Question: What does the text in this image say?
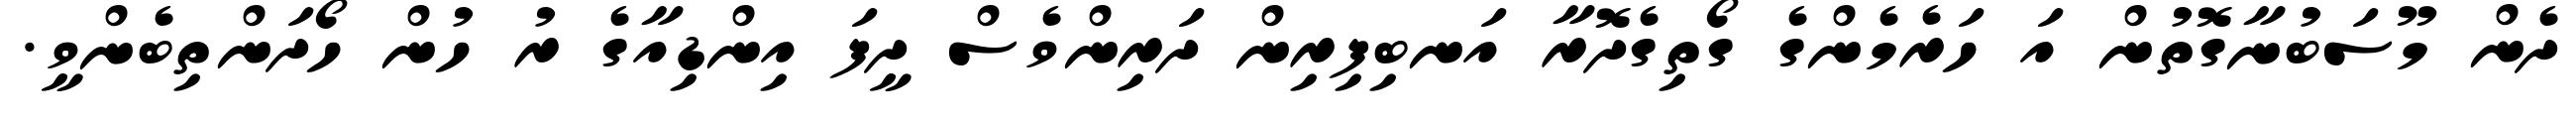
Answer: ދެން މޫސަބުނާގޮތުން އަ ހަރެމެންގެ ގޯތިގެދޮރާ އަނބިފިރިން ދަރިންވެސް ދީފަ އިންޑިއާގެ ރު ހުން ހޯދަންތިބެންވީ.